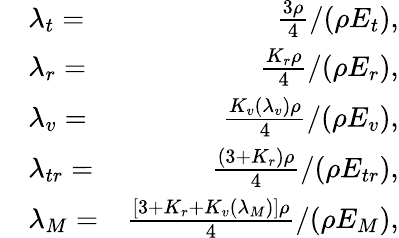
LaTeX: \begin{array}{rlr}&{\lambda_{t}=}&{\frac{3\rho}{4}/(\rho E_{t}),}\\ &{\lambda_{r}=}&{\frac{K_{r}\rho}{4}/(\rho E_{r}),}\\ &{\lambda_{v}=}&{\frac{K_{v}(\lambda_{v})\rho}{4}/(\rho E_{v}),}\\ &{\lambda_{tr}=}&{\frac{(3+K_{r})\rho}{4}/(\rho E_{tr}),}\\ &{\lambda_{M}=}&{\frac{[3+K_{r}+K_{v}(\lambda_{M})]\rho}{4}/(\rho E_{M}),}\end{array}